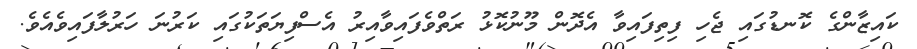
ކައިޒާންގެ ކޮނޑުގައި ޖެހި ފިތިފައިވާ އެދޮން މޫނުކޮޅު ރަތްވެފައިވާއިރު އެސްފިޔަތަކުގައި ކަރުނަ ހަރުލާފައިވެއެވެ.